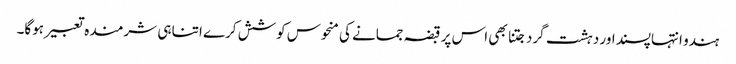
ہندو انتہاپسنداور دہشت گرد جتنا بھی اس پر قبضہ جمانے کی منحوس کوشش کرے اتنا ہی شرمندہ تعبیر ہوگا۔